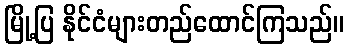
မြို့ပြ နိုင်ငံများတည်ထောင်ကြသည်။